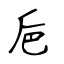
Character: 巵